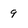
Character: 9